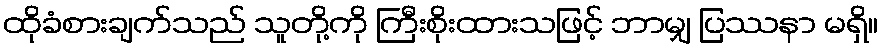
ထိုခံစားချက်သည် သူတို့ကို ကြီးစိုးထားသဖြင့် ဘာမျှ ပြဿနာ မရှိ။